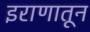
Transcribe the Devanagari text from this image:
इराणातून